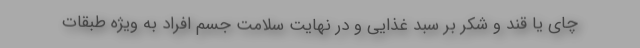
چاي يا قند و شكر بر سبد غذايي و در نهايت سلامت جسم افراد به ويژه طبقات